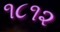
૧૮૧૨